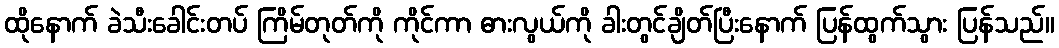
ထိုနောက် ခဲသီးခေါင်းတပ် ကြိမ်တုတ်ကို ကိုင်ကာ ဓားလွယ်ကို ခါးတွင်ချိတ်ပြီးနောက် ပြန်ထွက်သွား ပြန်သည်။